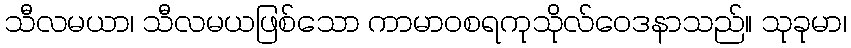
သီလမယာ၊ သီလမယဖြစ်သော ကာမာဝစရကုသိုလ်ဝေဒနာသည်။ သုခုမာ၊